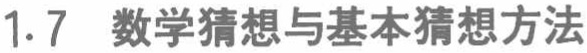
1.7 数学猜想与基本猜想方法